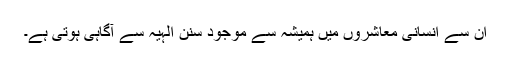
ان سے انسانی معاشروں میں ہمیشہ سے موجود سنن الٰہیہ سے آگاہی ہوتی ہے۔